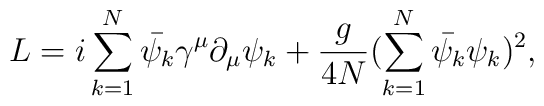
L = i\sum_{k=1}^{N}\bar{\psi_k} \gamma^\mu \partial_\mu\psi_k +\frac{g}{4N} (\sum_{k=1}^{N}\bar{\psi_k}\psi_k)^2,